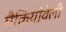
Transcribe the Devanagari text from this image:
मैकियोवेली